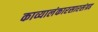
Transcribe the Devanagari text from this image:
काव्यालंकारसारसंग्रह